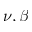
\nu , \beta